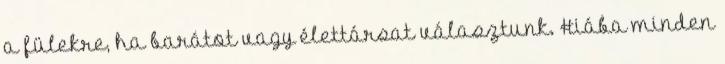
a fülekre, ha barátot vagy élettársat választunk. Hiába minden